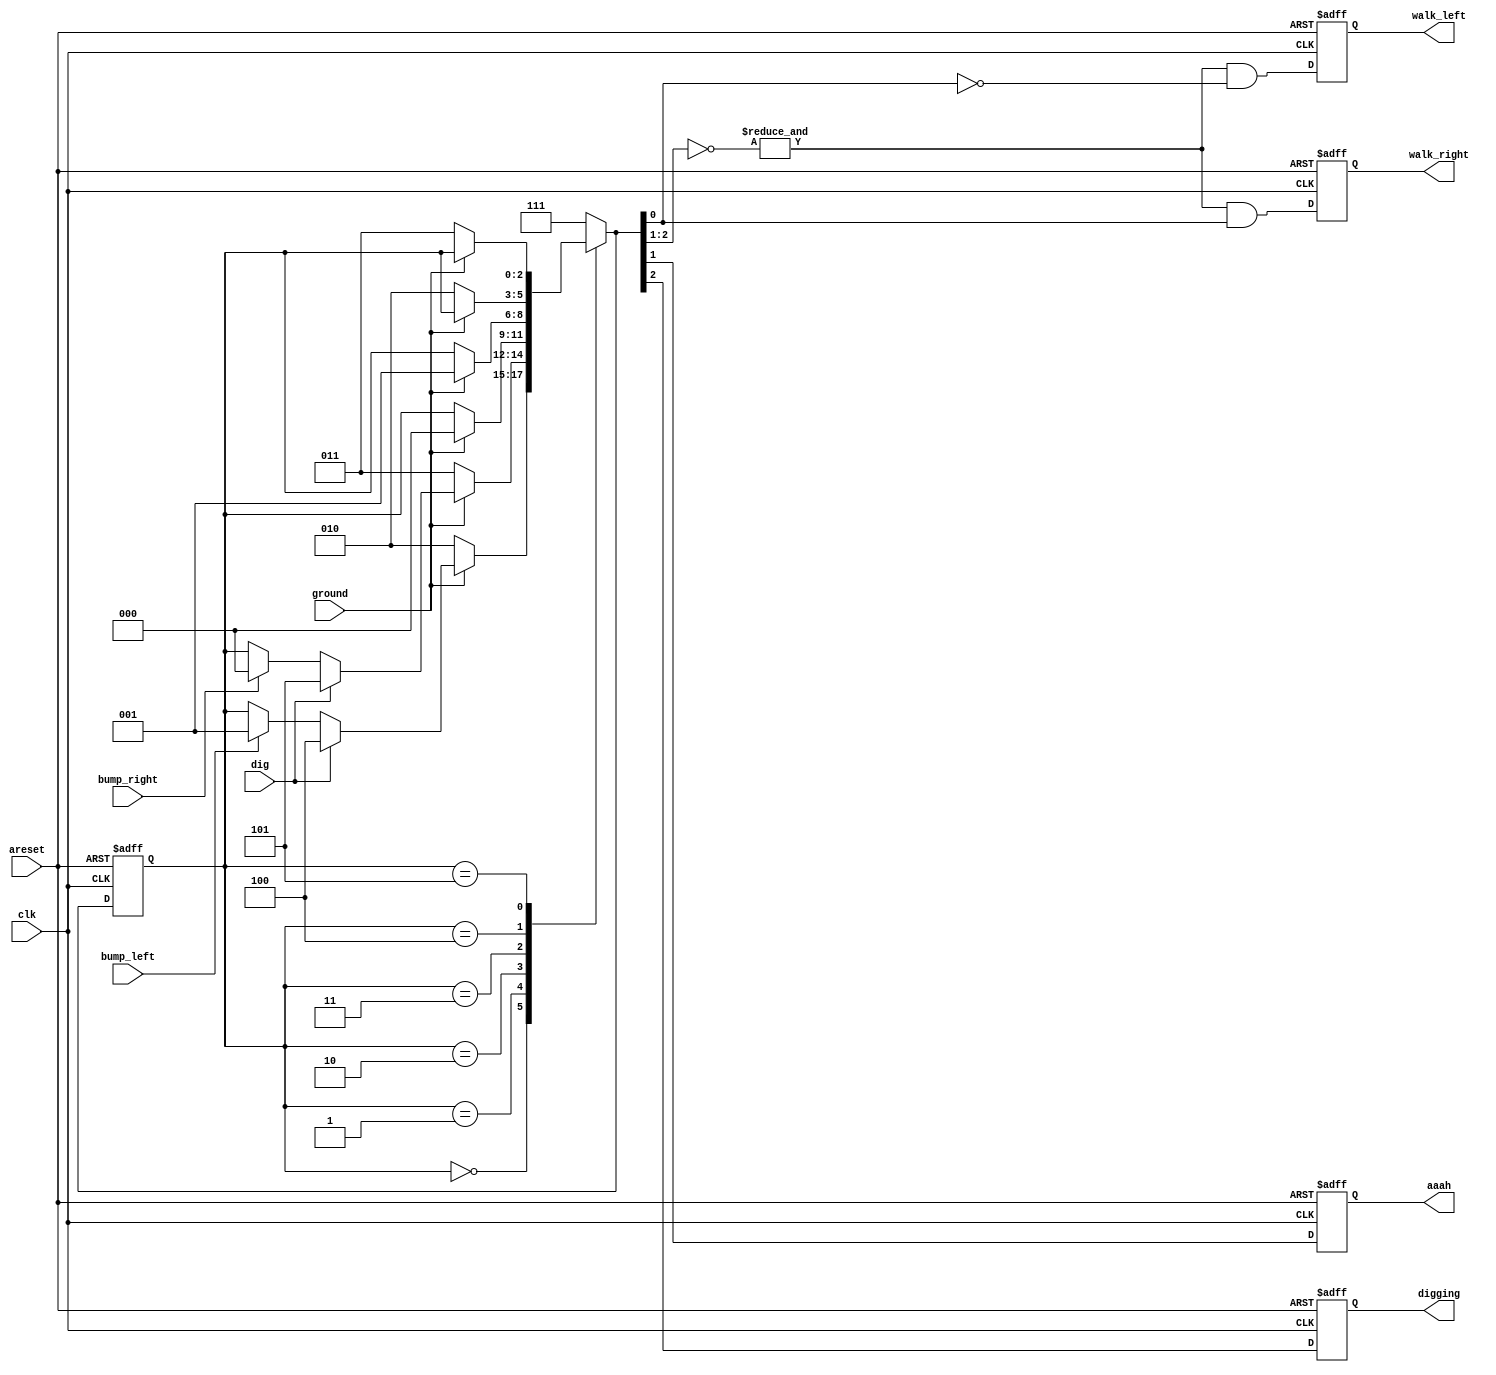
module top_module (
    input clk,
    input areset,    // Freshly brainwashed Lemmings walk left.
    input bump_left,
    input bump_right,
    input ground,
    input dig,
    output walk_left,
    output walk_right,
    output aaah,
    output digging
);
    parameter WALKING_LEFT = 3'b000;
    parameter WALKING_RIGHT = 3'b001;
    parameter FALLING_LEFT = 3'b010;
    parameter FALLING_RIGHT = 3'b011;
    parameter DIGGING_LEFT = 3'b100;
    parameter DIGGING_RIGHT = 3'b101;

    reg [2:0] cs, ns;
    reg walk_left_nxt, walk_right_nxt, aaah_nxt,digging_nxt;
    always @(posedge clk or posedge areset) begin
        if(areset)
            cs <= WALKING_LEFT;
        else
            cs <= ns;
    end

    always @(*) begin
        case (cs)
            WALKING_LEFT: begin
                if(!ground)
                    ns = FALLING_LEFT;
                else if(dig)
                    ns = DIGGING_LEFT;
                else if(bump_left)
                    ns = WALKING_RIGHT;
                else
                    ns = cs;
                end
            WALKING_RIGHT: begin
                if(!ground)
                    ns = FALLING_RIGHT;
                else if(dig)
                    ns = DIGGING_RIGHT;
                else if(bump_right)
                    ns = WALKING_LEFT;
                else
                    ns = cs;
                end
            FALLING_LEFT: begin
                if(ground)
                    ns = WALKING_LEFT;
                else
                    ns = cs;
            end
            FALLING_RIGHT: begin
                if(ground)
                    ns = WALKING_RIGHT;
                else
                    ns = cs;
            end
            DIGGING_LEFT: begin
                if(!ground)
                    ns = FALLING_LEFT;
                else
                    ns = cs;
            end
            DIGGING_RIGHT: begin
                if(!ground)
                    ns = FALLING_RIGHT;
                else
                    ns = cs;
            end
            default: ns = 3'b111;
        endcase
    end

    always @(posedge clk or posedge areset) begin
        if(areset)begin
            walk_left_nxt <= 1'b1;
            walk_right_nxt <=1'b0;
            aaah_nxt <= 1'b0;
            digging_nxt <= 1'b0;
        end
        else
            {digging_nxt,aaah_nxt,walk_right_nxt,walk_left_nxt}<={ns[2:1],(&(~ns[2:1]))&ns[0],(&(~ns[2:1]))&(~ns[0])};
        /*
            case (ns)
                WALKING_LEFT:begin
                    walk_left_nxt <= 1'b1;
                    walk_right_nxt <= 1'b0;
                    aaah_nxt <=1'b0;
                    digging_nxt <= 1'b0;
                end 
                WALKING_RIGHT: begin
                    walk_left_nxt <= 1'b0;
                    walk_right_nxt <= 1'b1;
                    aaah_nxt <= 1'b0;
                    digging_nxt <= 1'b0;
                end
                FALLING_LEFT: begin
                    walk_left_nxt <= 1'b0;
                    walk_right_nxt <= 1'b0;
                    aaah_nxt <=1'b1;
                    digging_nxt <= 1'b0;
                end
                FALLING_RIGHT: begin
                    walk_left_nxt <= 1'b0;
                    walk_right_nxt <= 1'b0;
                    aaah_nxt <=1'b1;
                    digging_nxt <= 1'b0;
                end
                DIGGING_LEFT: begin
                    walk_left_nxt <= 1'b0;
                    walk_right_nxt <= 1'b0;
                    aaah_nxt <=1'b0;
                    digging_nxt <= 1'b1;
                end
                DIGGING_RIGHT: begin
                    walk_left_nxt <= 1'b0;
                    walk_right_nxt <= 1'b0;
                    aaah_nxt <=1'b0;
                    digging_nxt <= 1'b1;
                end
            endcase
            */
    end

    assign walk_left = walk_left_nxt;
    assign walk_right = walk_right_nxt;
    assign aaah       = aaah_nxt;
    assign digging    = digging_nxt;
endmodule